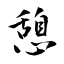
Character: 憩